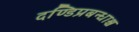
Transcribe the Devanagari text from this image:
दण्डिप्रबन्धाश्च